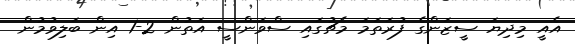
އެއީ މިދިޔަ ސީޒަންގެ ފުރަތަމަ މެޗުގައި ސްވަންސީ އަތުން 2-1 އިން ބަލިވުމުން